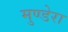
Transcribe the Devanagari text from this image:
मुण्डेरा